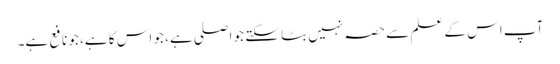
آپ اس کے علم سے حصہ نہیں بٹا سکتے جو اصلی ہے، جو اس کا ہے، جو نافع ہے۔